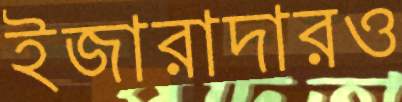
ইজারাদারও